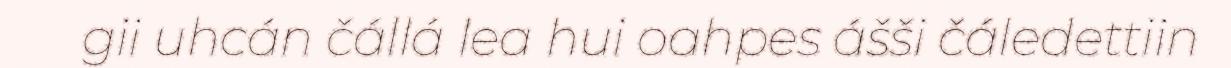
gii uhcán čállá lea hui oahpes ášši čáledettiin